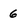
Character: 6